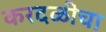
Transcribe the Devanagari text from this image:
करदळीचा